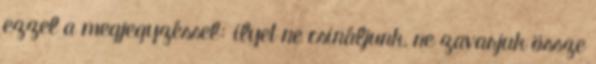
ezzel a megjegyzéssel: ilyet ne csináljunk, ne zavarjuk össze